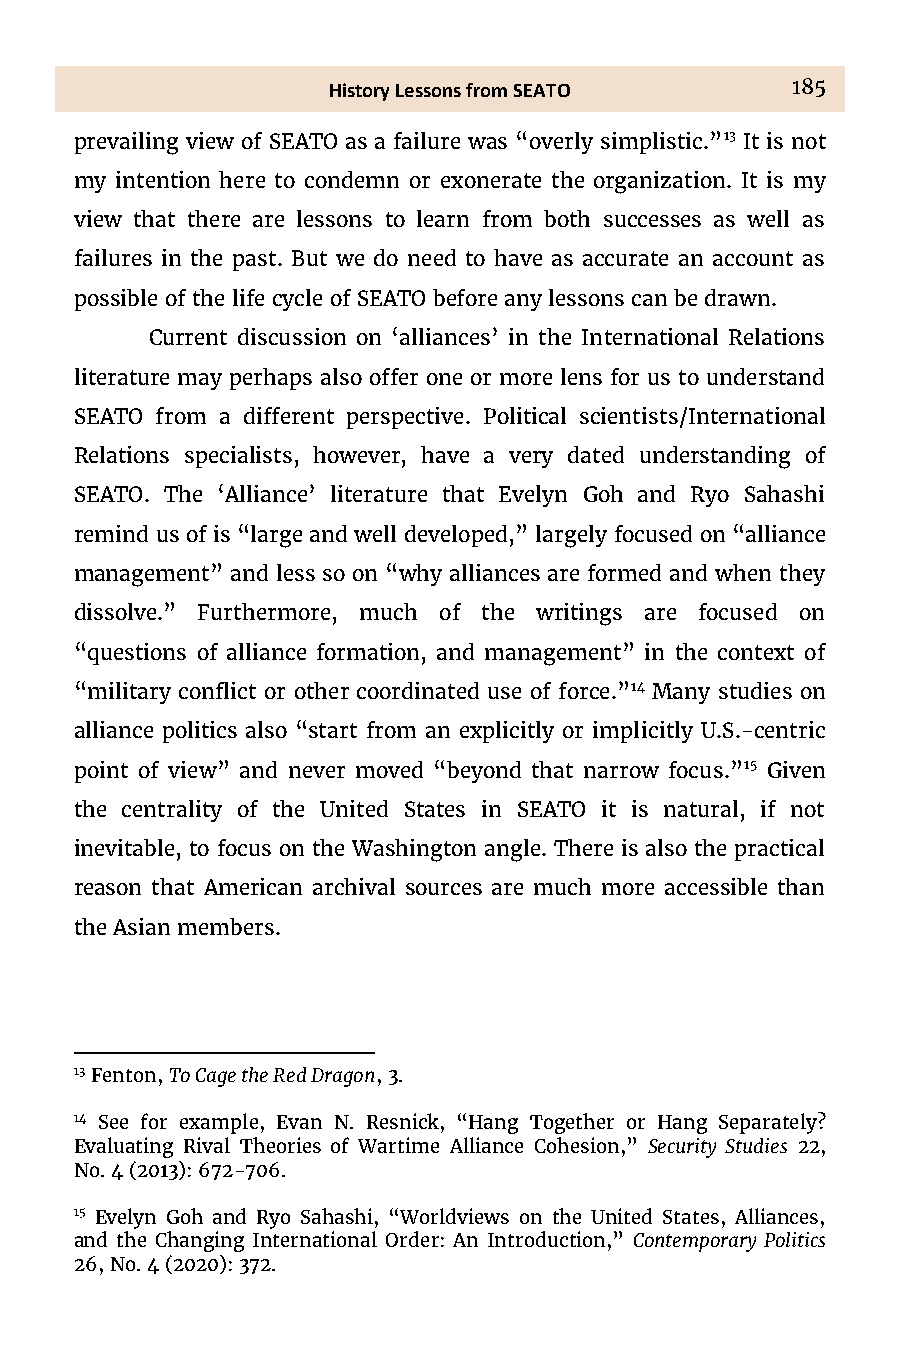
History Lessons from SEATO    185
 prevailing view of SEATO as a failure was “overly simplistic.”13 It is not
 my intention here to condemn or exonerate the organization. It is my
 view that there are lessons to learn from both successes as well as
 failures in the past. But we do need to have as accurate an account as
 possible of the life cycle of SEATO before any lessons can be drawn.
 Current discussion on ‘alliances’ in the International Relations
 literature may perhaps also offer one or more lens for us to understand
 SEATO from a different perspective. Political scientists/International
 Relations specialists, however, have a very dated understanding of
 SEATO. The ‘Alliance’ literature that Evelyn Goh and Ryo Sahashi
 remind us of is “large and well developed,” largely focused on “alliance
 management” and less so on “why alliances are formed and when they
 dissolve.” Furthermore, much of the writings are focused on
 “questions of alliance formation, and management” in the context of
 “military conflict or other coordinated use of force.”14 Many studies on
 alliance politics also “start from an explicitly or implicitly U.S.-centric
 point of view” and never moved “beyond that narrow focus.”15 Given
 the centrality of the United States in SEATO it is natural, if not
 inevitable, to focus on the Washington angle. There is also the practical
 reason that American archival sources are much more accessible than
 the Asian members.
 13 Fenton, To Cage the Red Dragon, 3.
 14 See for example, Evan N. Resnick, “Hang Together or Hang Separately<
 Evaluating Rival Theories of Wartime Alliance Cohesion,” Security Studies 22,
 No. 4 (2013): 672-706.
 15 Evelyn Goh and Ryo Sahashi, “Worldviews on the United States, Alliances,
 and the Changing International Order: An Introduction,” Contemporary Politics
 26, No. 4 (2020): 372.